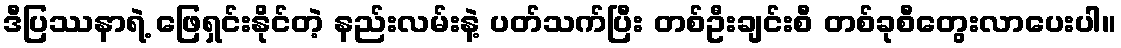
ဒီပြဿနာရဲ့ ဖြေရှင်းနိုင်တဲ့ နည်းလမ်းနဲ့ ပတ်သက်ပြီး တစ်ဦးချင်းစီ တစ်ခုစီတွေးလာပေးပါ။